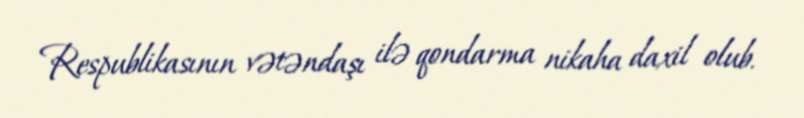
Respublikasının vətəndaşı ilə qondarma nikaha daxil olub.